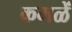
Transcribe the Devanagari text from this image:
कमळें